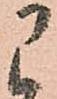
に